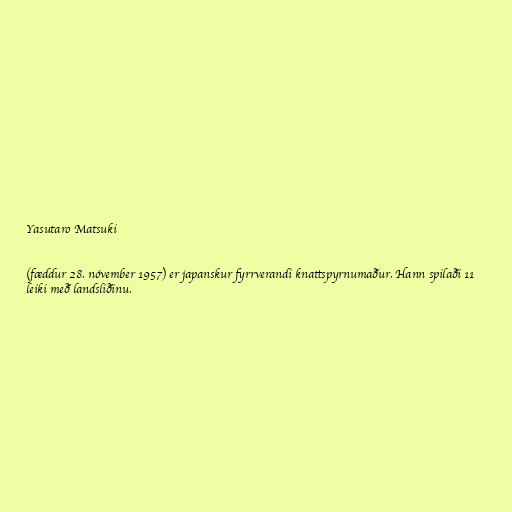
Yasutaro Matsuki

(fæddur 28. nóvember 1957) er japanskur fyrrverandi knattspyrnumaður. Hann spilaði 11
leiki með landsliðinu.